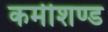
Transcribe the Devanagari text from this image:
कमीशण्ड